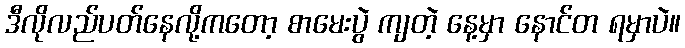
ဒီလိုလည်ပတ်နေလို့ကတော့ စာမေးပွဲ ကျတဲ့ နေ့မှာ နောင်တ ရမှာပဲ။